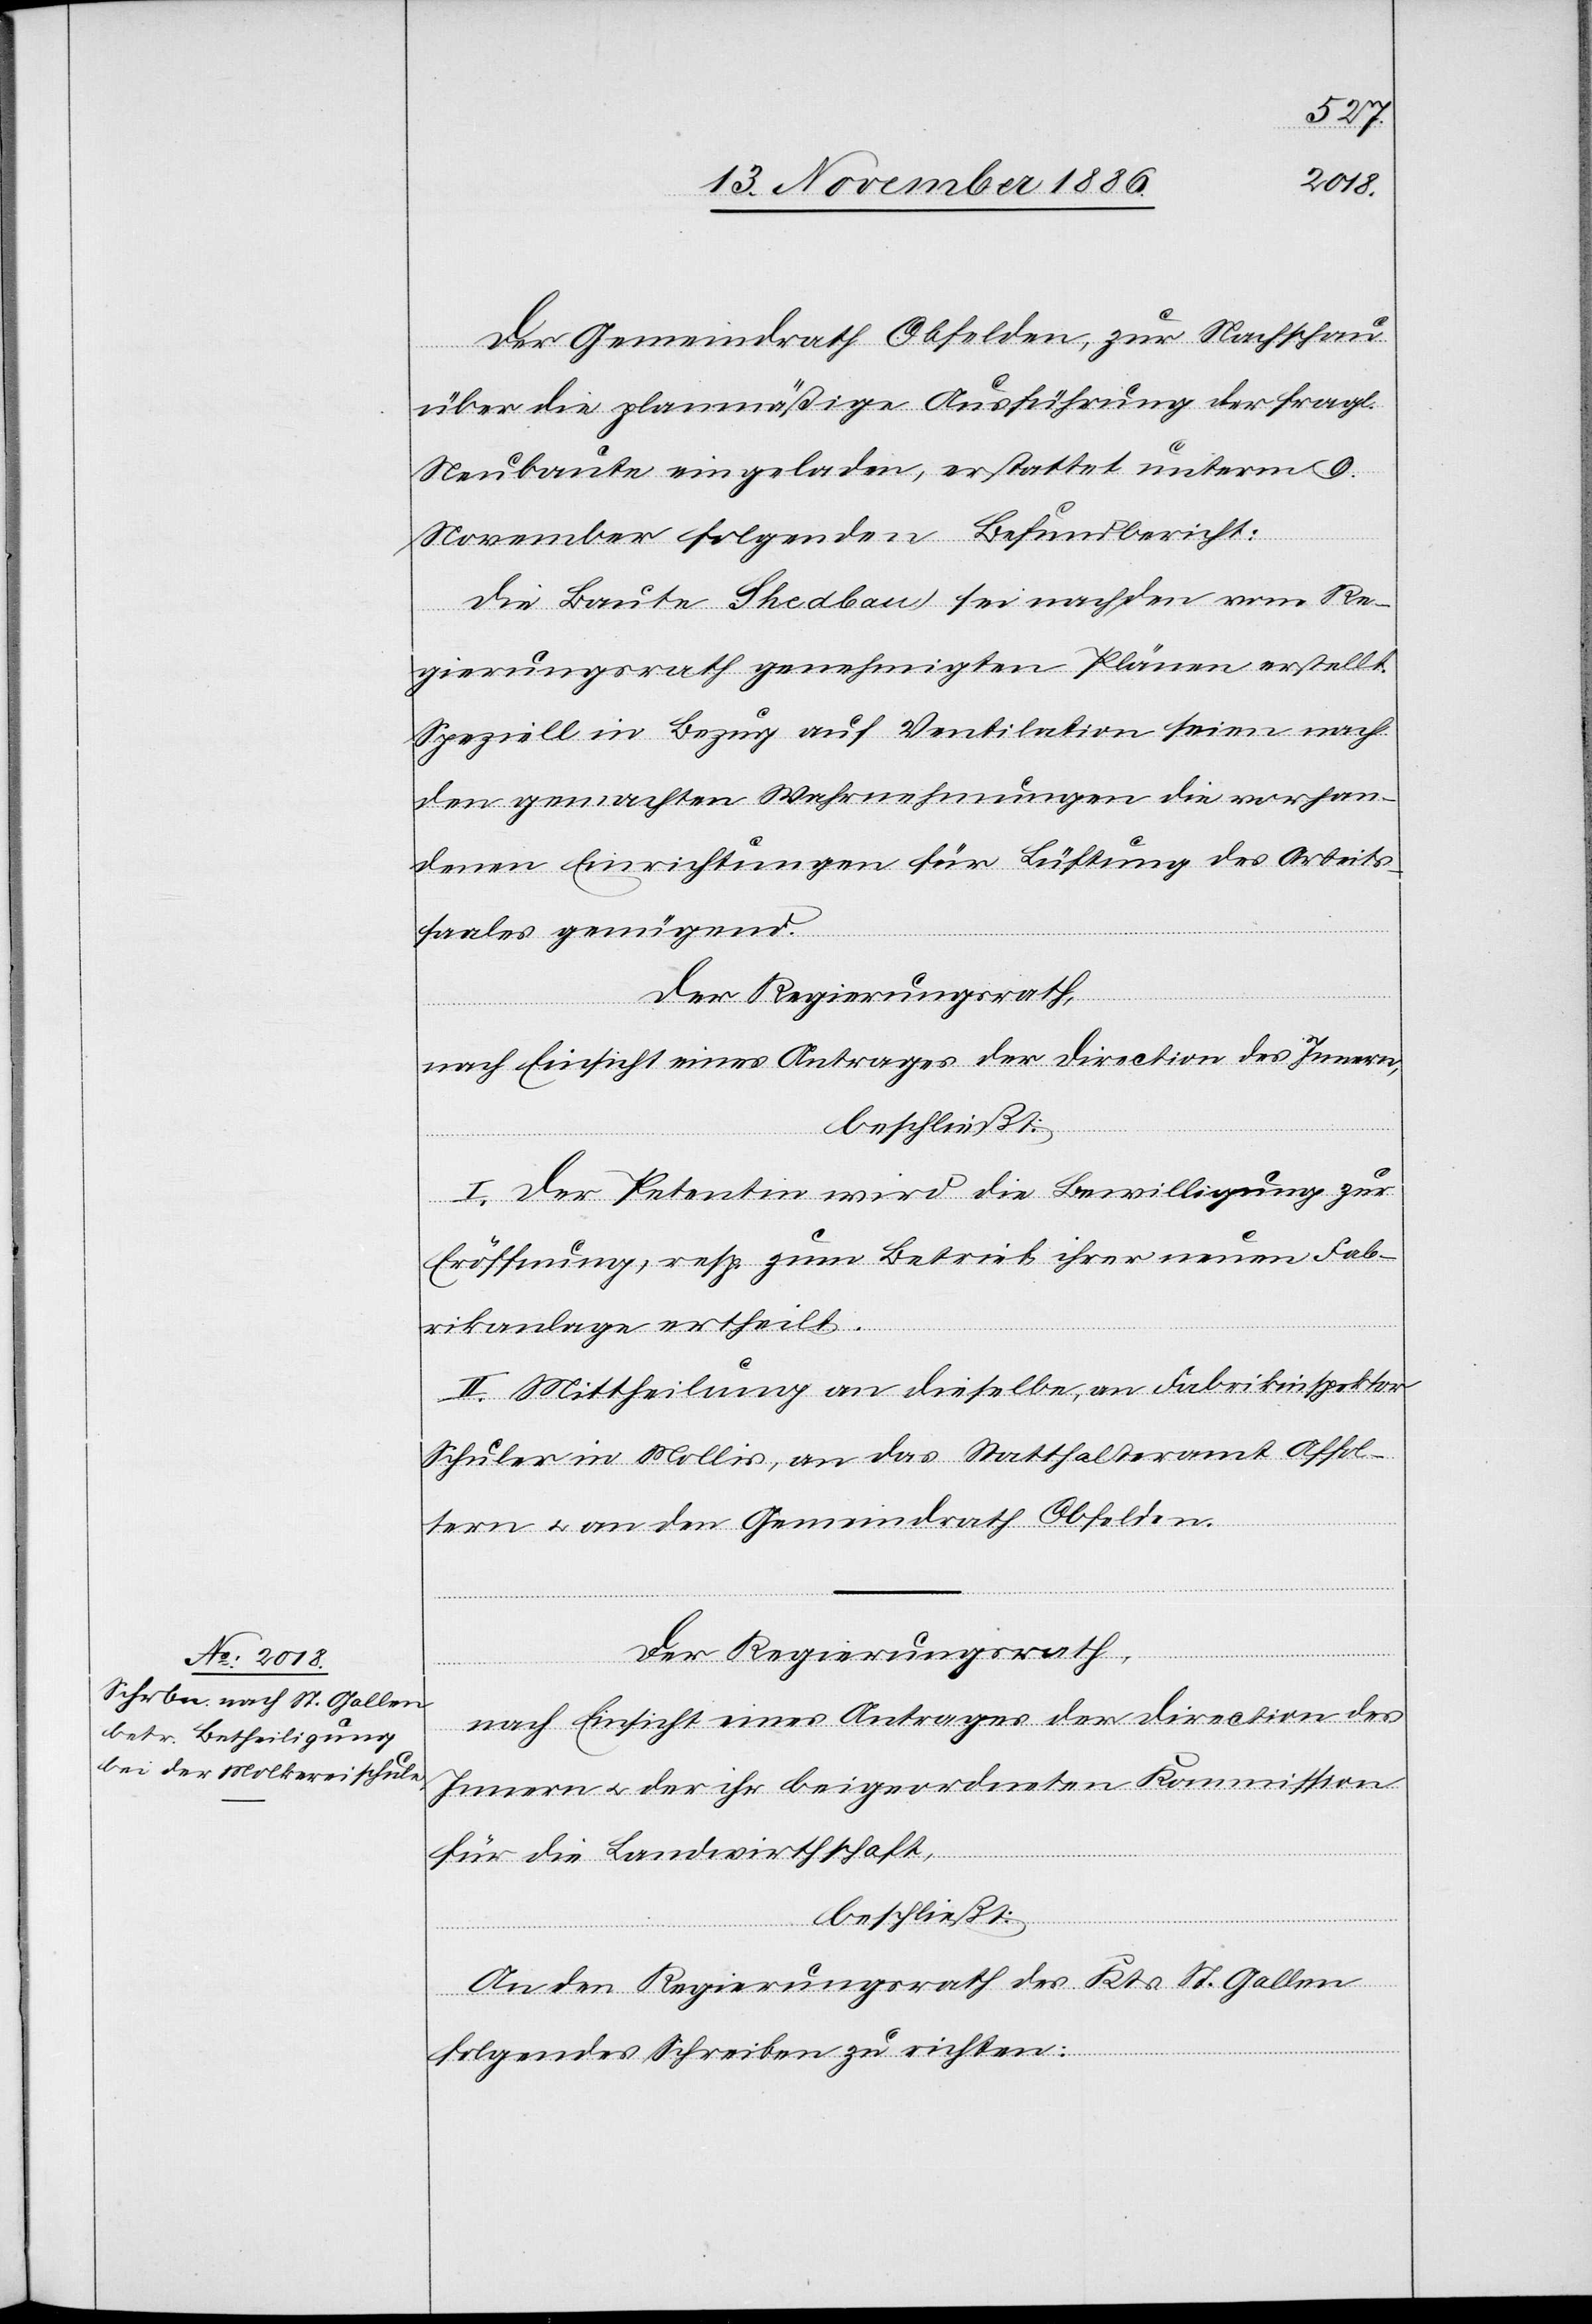
Der Gemeindrath Obfelden, zur Nachschau
über die planmäßige Ausführung der fragl.
Neubaute eingeladen, erstattet unterm 9.
November folgenden Befundbericht:
Die Baute Shedbau sei nach den vom Re¬
gierungsrath genehmigten Plänen erstellt.
Speziell in Bezug auf Ventilation seien nach
den gemachten Wahrnehmungen die vorhan¬
denen Einrichtungen für Lüftung des Arbeits¬
saales genügend.
Der Regierungsrath,
nach Einsicht eines Antrages der Direction des Innern,
beschließt:
I. Der Petentin wird die Bewilligung zur
Eröffnung, resp. zum Betrieb ihrer neuen Fab¬
rikanlage ertheilt.
II. Mittheilung an dieselbe, an Fabrikinspektor
Schuler in Mollis, an das Statthalteramt Affol¬
tern & an den Gemeindrath Obfelden.
Der Regierungsrath,
nach Einsicht eines Antrages der Direction des
Innern & der ihr beigeordneten Kommission
für die Landwirthschaft,
beschließt:
An den Regierungsrath des Kts. St. Gallen
folgendes Schreiben zu richten: